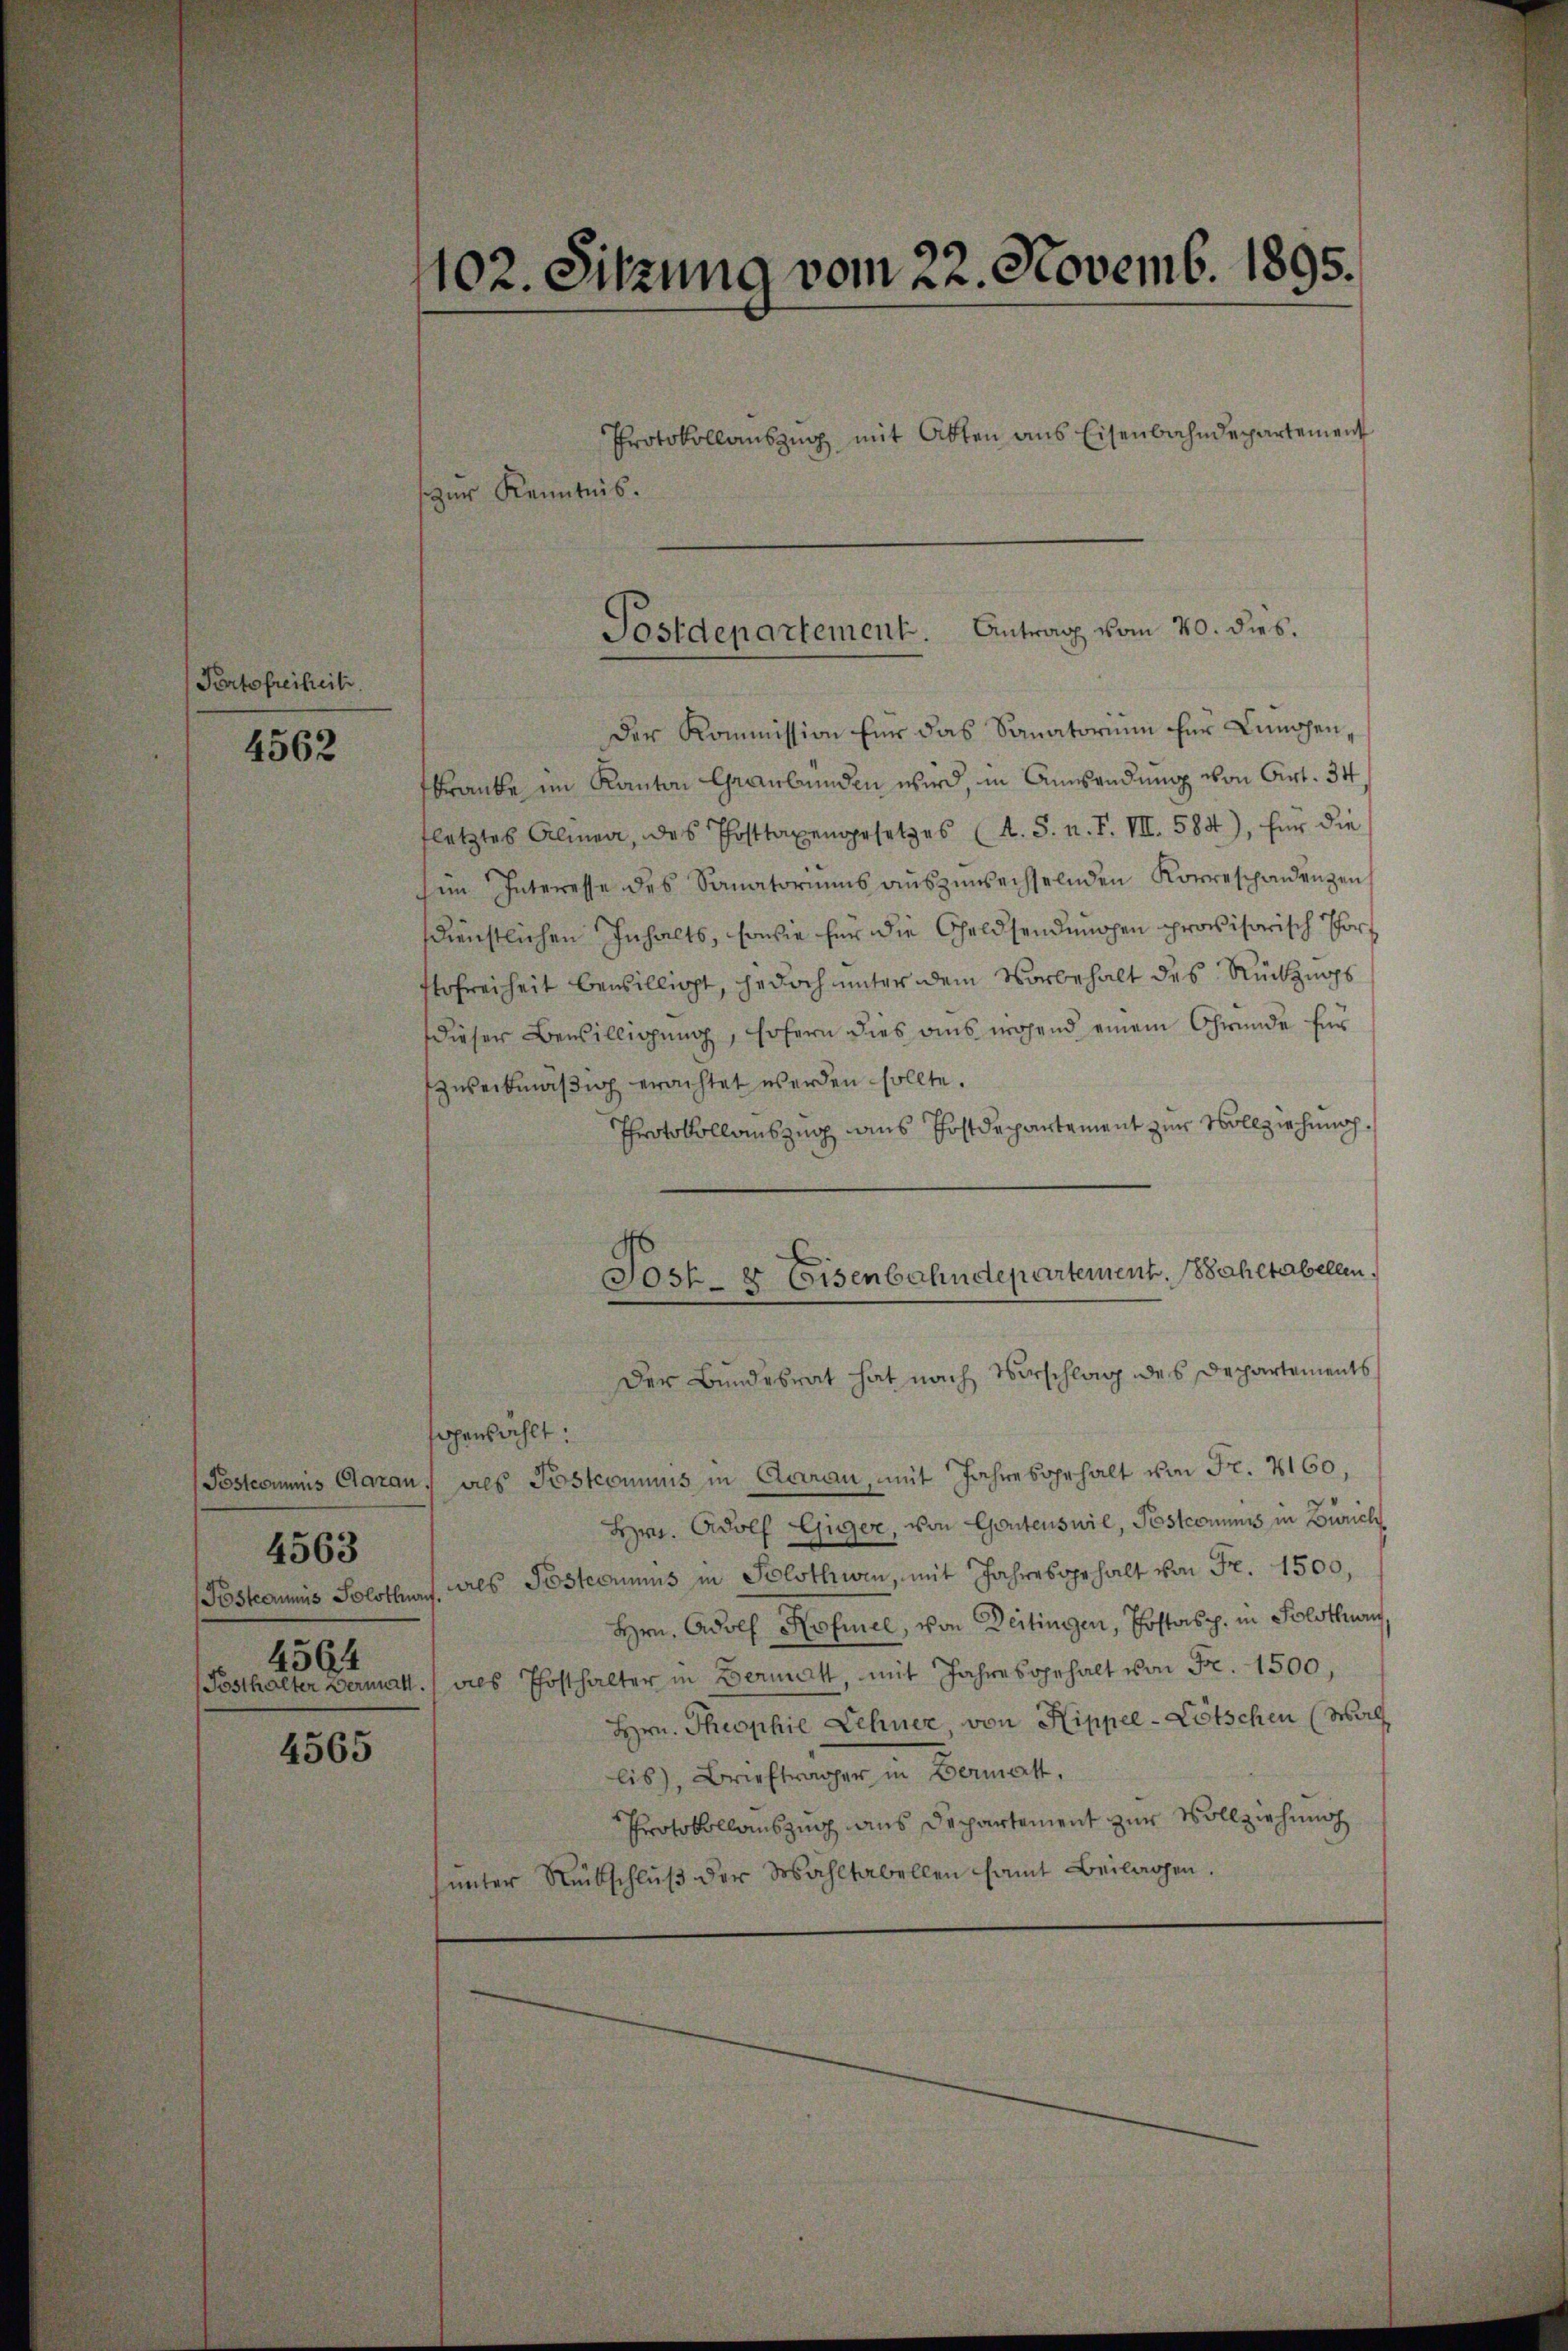
Portofreiheit.

4562

4564

4563

4565

102. Sitzung vom 22. Novemb. 1895.

Protokollauszug mit Abten aus Eisenbahndepartement
zur Kenntnis.

Der Kommission für das Sanatorium für Lunchenkranke im Kanton Graubünden wird, in Anwendung von Art. 34,
fletztes Alinea, das Posttaxengesetzes (A. S. n. F. VII. 584), für die
im Interesse des Sanatoriums aŭszŭwechselnden Korreschandenzen
sdienstlichen Inhalts, sowie für die Geldsendungen provisorisch Port
ofreiheit bewilligt, jedoch unter dem Vorbehalt des Rückzugs
dieser Bewilligung, sofern dies aus wichend einem Grunde für
zweckmäßig erachtet werden sollte.
Protokollauszug aus Postdepartement zur Vollziehung.
Der Bundesrat hat nach Vorschlag des Departements
sogenzählt:
Postcommis Claran, dies Postcommis in Claran, mit Jahresgehalt von Fr. 2160,
Hrn. Adolf Giger, von Gantenswil, Postcommis in Zürich
Postaunis Solothur, als Posteriums in Solothwen, mit Jahresgehalt von Fr. 1500,
Hrn. Adolf Rofiel, von Deitingen, Postasp. in Solothurn,
(Posthalter Vermatt. des Posthalter in Bermatt, mit Jahresgehalt von Fr. 1500,
Hrn. Theophie Lehner, von Hippee-Lötschen (Mark
lis), Briefträger in Bermatt.
Protokollauszug aus Departement zur Vollziehung
unter Mutschlŭβ der Wahltabellen samt Beilagen.

Antrag vom 20. dies.
Postdepartement.

Jost & Eisenbahndepartement. Wahltabellen.